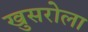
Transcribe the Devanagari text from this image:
खुसरोला